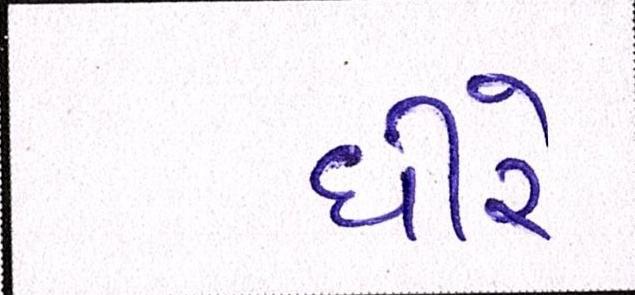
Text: ધીરે